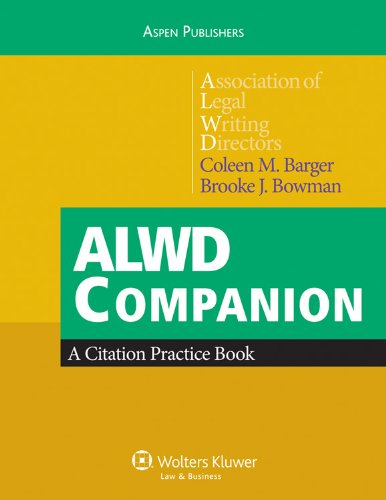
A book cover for ALWD Companion: A Citation Practice Book; Coleen M. Barger; Law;